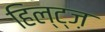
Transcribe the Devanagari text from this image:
हिल्ट्ज़